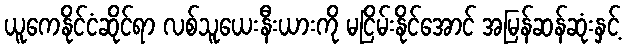
ယူကေနိုင်ငံဆိုင်ရာ လစ်သူယေးနီးယားကို မငြိမ်းနိုင်အောင် အမြန်ဆန်ဆုံးနှင့်